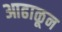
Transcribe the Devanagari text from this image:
आढाळून